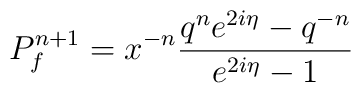
P^{n+1}_f=x^{-n}\frac{q^{n}e^{2i\eta}-q^{-n}}{e^{2i\eta}-1}